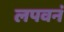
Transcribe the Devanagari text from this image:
लपवनं